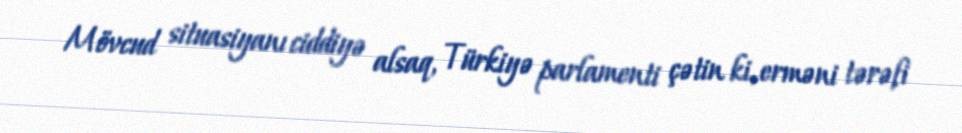
Mövcud situasiyanı ciddiyə alsaq, Türkiyə parlamenti çətin ki, erməni tərəfi